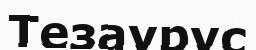
Тезаурус